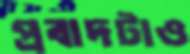
প্রবাদটাও